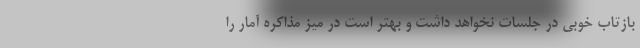
بازتاب خوبی در جلسات نخواهد داشت و بهتر است در میز مذاکره آمار را